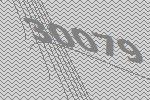
30079